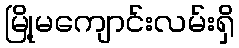
မြို့မကျောင်းလမ်းရှိ